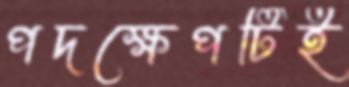
পদক্ষেপটিই